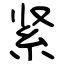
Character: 紧